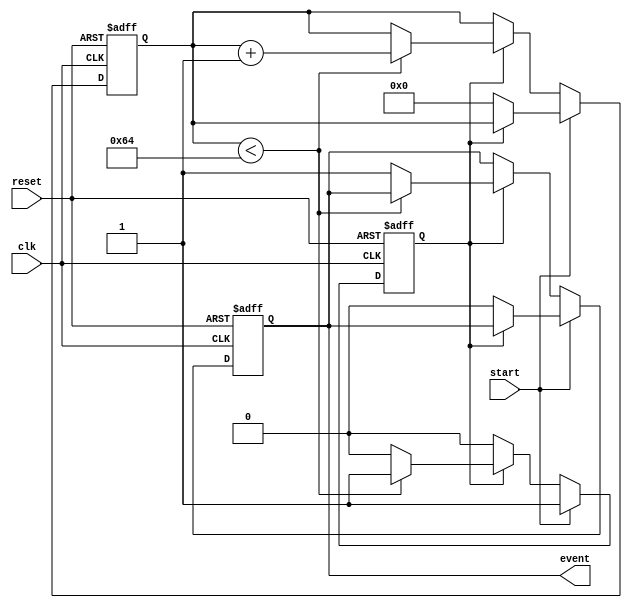
module timer_event_control #(
    parameter TIME_INTERVAL = 100 // Time interval in simulation time units
)(
    input wire clk,                // Clock signal
    input wire start,              // Start signal
    input wire reset,              // Reset signal
    output reg event               // Event signal
);

    reg [31:0] counter;            // Counter for tracking elapsed time
    reg counting;                  // State to indicate if timer is counting

    // Always block for timer functionality
    always @(posedge clk or posedge reset) begin
        if (reset) begin
            counter <= 0;          // Reset counter
            event <= 0;           // Reset event signal
            counting <= 0;         // Stop counting
        end else if (start) begin
            if (!counting) begin
                counter <= 0;      // Start counting from zero
                counting <= 1;      // Set counting state
                event <= 0;        // Clear event signal
            end
        end else if (counting) begin
            if (counter < TIME_INTERVAL) begin
                counter <= counter + 1; // Increment counter
            end else begin
                event <= 1;          // Assert event signal
                counting <= 0;       // Stop counting
            end
        end
    end

    // Optional: Event signal reset after a defined duration
    always @(posedge clk) begin
        if (event) begin
            // You can define a duration for which the event signal remains high
            // For simplicity, we will keep it high until the next start
            // You may implement a timer here if needed
        end
    end

endmodule